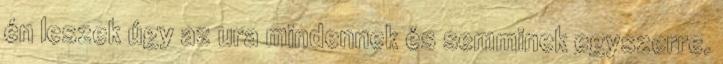
én leszek úgy az ura mindennek és semminek egyszerre.